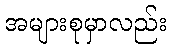
အများစုမှာလည်း